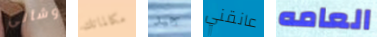
وشأنى مكالماتك جيد عانقني العامه